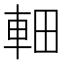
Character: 䡒